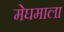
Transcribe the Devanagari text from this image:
मेघमाला